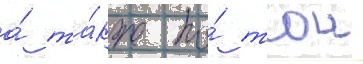
а́ та́кже по́ тои